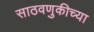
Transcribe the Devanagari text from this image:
साठवणुकीच्या